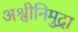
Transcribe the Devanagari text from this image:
अश्वीनिमुद्रा